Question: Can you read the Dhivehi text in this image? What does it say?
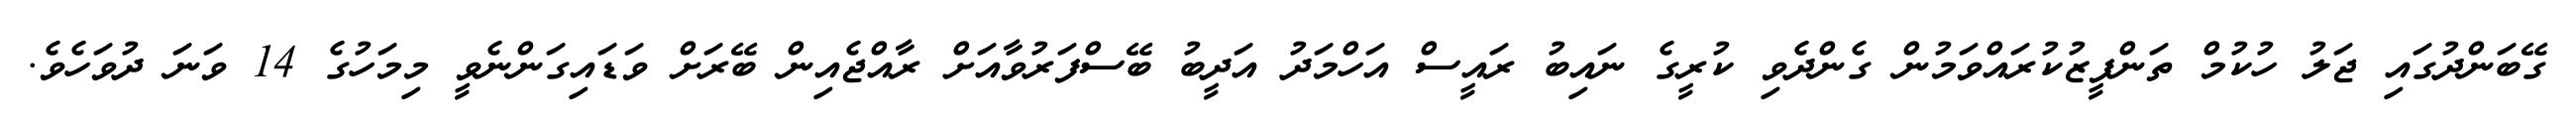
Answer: ގޭބަންދުގައި ޖަލު ހުކުމް ތަންފީޒުކުރައްވަމުން ގެންދެވި ކުރީގެ ނައިބު ރައީސް އަހްމަދު އަދީބު ބޭސްފަރުވާއަށް ރާއްޖެއިން ބޭރަށް ވަޑައިގަންނެވީ މިމަހުގެ 14 ވަނަ ދުވަހެވެ.